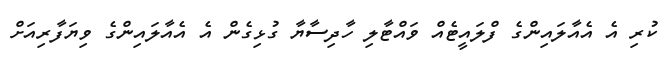
ކުރި އެ އެއާލައިންގެ ފްލައީޓެއް ވައްޓާލި ހާދިސާޔާ ގުޅިގެން އެ އެއާލައިންގެ ވިޔަފާރިއަށް